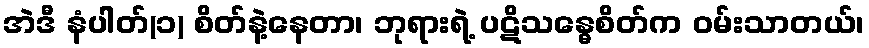
အဲဒီ နံပါတ်(၁) စိတ်နဲ့နေတာ၊ ဘုရားရဲ့ ပဋိသန္ဓေစိတ်က ဝမ်းသာတယ်၊